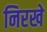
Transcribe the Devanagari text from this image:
निरखे